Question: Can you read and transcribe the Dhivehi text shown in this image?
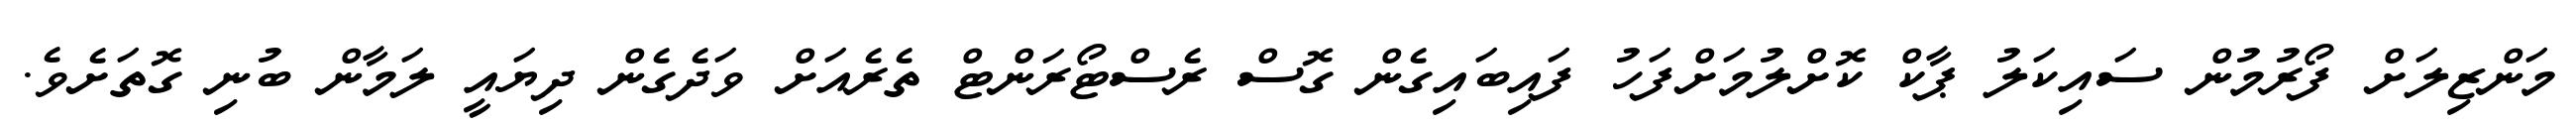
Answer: މަންޒިލަށް ފޯރުމުން ސައިކަލު ޕާކް ކޮށްލުމަށްފަހު ފައިބައިގެން ގޮސް ރެސްޓޯރަންޓް ތެރެއަށް ވަދެގެން ދިޔައީ ލަމާން ބުނި ގޮތަށެވެ.